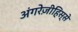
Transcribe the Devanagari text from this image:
अंगरेज़ीहिस्से